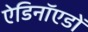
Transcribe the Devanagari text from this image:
ऐडिनॉएडों